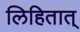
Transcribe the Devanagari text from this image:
लिहितात्